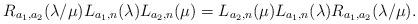
LaTeX: \begin{align*}R_{a_1,a_2}(\lambda / \mu) L_{a_1,n}(\lambda) L_{a_2,n}(\mu)=L_{a_2,n}(\mu) L_{a_1,n}(\lambda)R_{a_1,a_2}(\lambda / \mu). \end{align*}